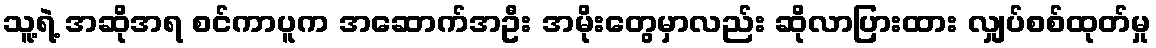
သူ့ရဲ့ အဆိုအရ စင်ကာပူက အဆောက်အဦး အမိုးတွေမှာလည်း ဆိုလာပြားထား လျှပ်စစ်ထုတ်မှု